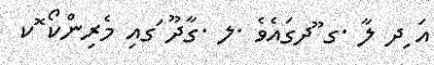
އަ ިދ ލާ .ގ ޫދގައެވެ .ލ .ގާދޫ ަގއި މެރިންކޯ ޮކ